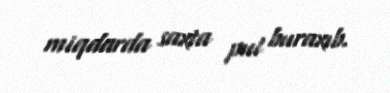
miqdarda saxta pul buraxıb.